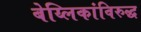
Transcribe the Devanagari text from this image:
बेय्लिकांविरुद्ध